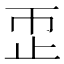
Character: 𬅹